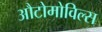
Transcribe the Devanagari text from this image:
औटोमोविल्स